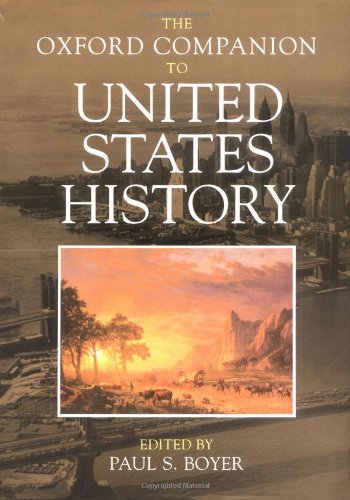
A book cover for The Oxford Companion to United States History (Oxford Companions); Reference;